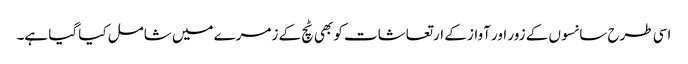
اسی طرح سانسوں کے زور اور آواز کے ارتعاشات کو بھی ٹچ کے زمرے میں شامل کیا گیا ہے۔